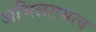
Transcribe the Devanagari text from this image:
अभिलाष्यत्व